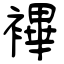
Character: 襅